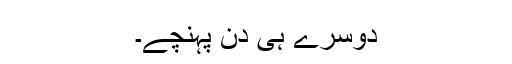
دوسرے ہی دن پہنچے۔